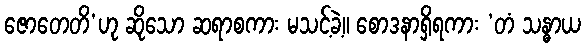
ဇောတေတိ’ဟု ဆိုသော ဆရာစကား မသင့်ခဲ့။ စောဒနာရှိရကား ‘တံ သန္ဓာယ